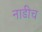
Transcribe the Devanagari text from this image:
नाडीच